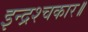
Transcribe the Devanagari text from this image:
इन्द्रश्चकार॥